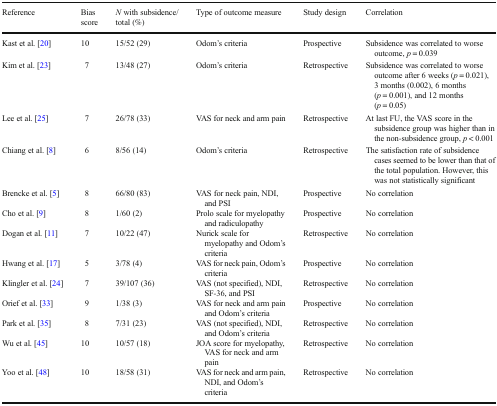
| Reference | Bias score | N with subsidence/total (%) | Type of outcome measure | Study design | Correlation |
 | --- | --- | --- | --- | --- | --- |
 | Kast et al. [20] | 10 | 15/52 (29) | Odom’s criteria | Prospective | Subsidence was correlated to worse outcome, p = 0.039 |
 | Kim et al. [23] | 7 | 13/48 (27) | Odom’s criteria | Retrospective | Subsidence was correlated to worse outcome after 6 weeks (p = 0.021), 3 months (0.002), 6 months (p = 0.001), and 12 months (p = 0.05) |
 | Lee et al. [25] | 7 | 26/78 (33) | VAS for neck and arm pain | Retrospective | At last FU, the VAS score in the subsidence group was higher than in the non-subsidence group, p < 0.001 |
 | Chiang et al. [8] | 6 | 8/56 (14) | Odom’s criteria | Retrospective | The satisfaction rate of subsidence cases seemed to be lower than that of the total population. However, this was not statistically significant |
 | Brencke et al. [5] | 8 | 66/80 (83) | VAS for neck pain, NDI, and PSI | Prospective | No correlation |
 | Cho et al. [9] | 8 | 1/60 (2) | Prolo scale for myelopathy and radiculopathy | Prospective | No correlation |
 | Dogan et al. [11] | 7 | 10/22 (47) | Nurick scale for myelopathy and Odom’s criteria | Retrospective | No correlation |
 | Hwang et al. [17] | 5 | 3/78 (4) | VAS for neck pain, Odom’s criteria | Prospective | No correlation |
 | Klingler et al. [24] | 7 | 39/107 (36) | VAS (not specified), NDI, SF-36, and PSI | Retrospective | No correlation |
 | Orief et al. [33] | 9 | 1/38 (3) | VAS for neck and arm pain and Odom’s criteria | Prospective | No correlation |
 | Park et al. [35] | 8 | 7/31 (23) | VAS (not specified), NDI, and Odom’s criteria | Retrospective | No correlation |
 | Wu et al. [45] | 10 | 10/57 (18) | JOA score for myelopathy, VAS for neck and arm pain | Retrospective | No correlation |
 | Yoo et al. [48] | 10 | 18/58 (31) | VAS for neck and arm pain, NDI, and Odom’s criteria | Retrospective | No correlation |